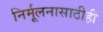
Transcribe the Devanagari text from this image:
निर्मूलनासाठीही